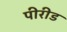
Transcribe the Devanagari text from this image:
पीरीड